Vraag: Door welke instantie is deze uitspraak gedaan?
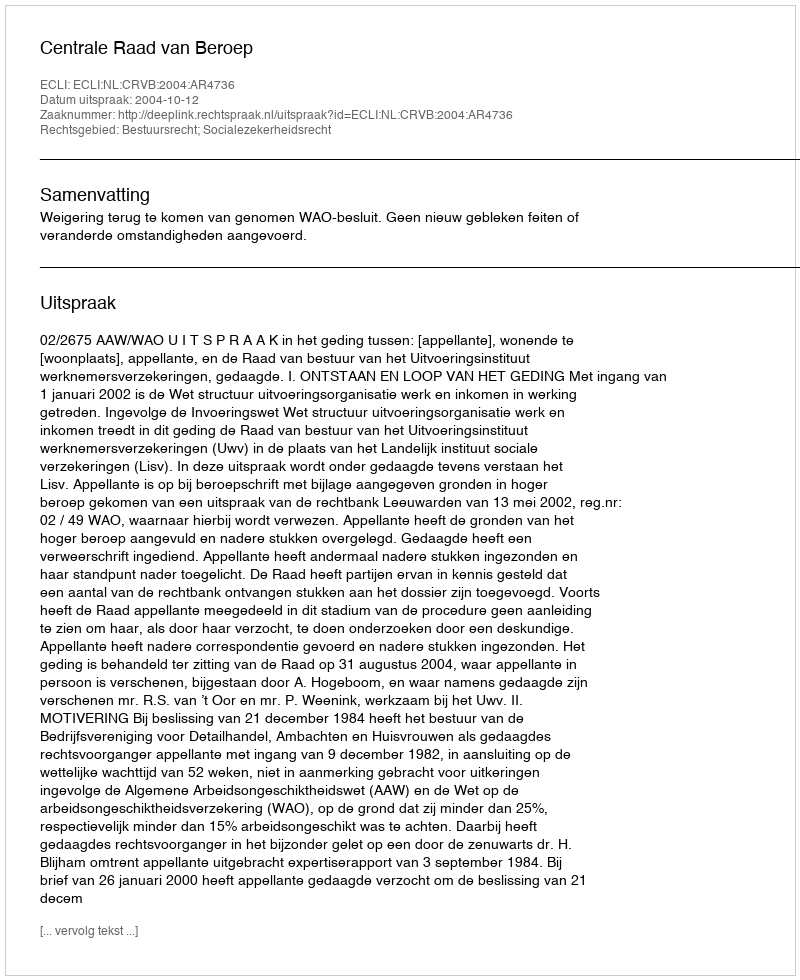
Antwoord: Centrale Raad van Beroep